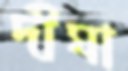
দীঘা